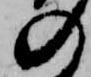
の